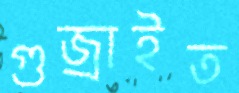
গুজ্‌রাইত